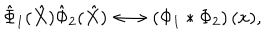
LaTeX: \hat { \Phi } _ { 1 } ( \hat { X } ) \hat { \Phi } _ { 2 } ( \hat { X } ) \longleftrightarrow \left( \Phi _ { 1 } * \Phi _ { 2 } \right) ( x ) ,